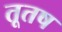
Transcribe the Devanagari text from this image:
तूतष